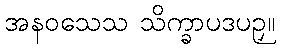
အနဝသေသ သိက္ခာပဒပဉှ။